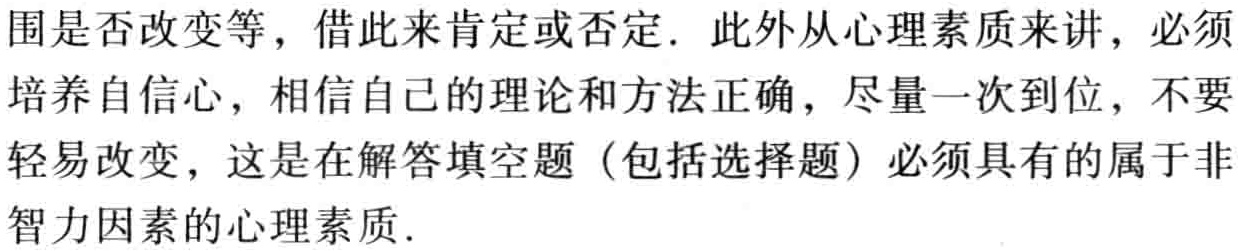
围是否改变等，借此来肯定或否定. 此外从心理素质来讲，必须
培养自信心，相信自己的理论和方法正确，尽量一次到位，不要
轻易改变，这是在解答填空题（包括选择题）必须具有的属于非
智力因素的心理素质.